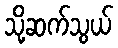
သို့ဆက်သွယ်